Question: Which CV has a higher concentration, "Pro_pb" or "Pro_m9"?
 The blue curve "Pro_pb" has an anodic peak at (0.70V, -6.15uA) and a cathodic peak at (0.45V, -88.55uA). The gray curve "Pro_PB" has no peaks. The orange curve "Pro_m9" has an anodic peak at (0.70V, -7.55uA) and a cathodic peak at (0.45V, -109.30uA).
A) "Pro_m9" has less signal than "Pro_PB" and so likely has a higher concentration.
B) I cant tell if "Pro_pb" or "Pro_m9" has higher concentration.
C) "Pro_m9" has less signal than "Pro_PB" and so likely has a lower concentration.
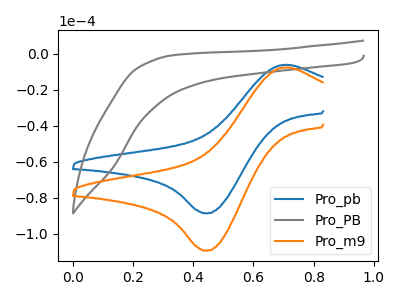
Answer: <think>All the peaks in "Pro_pb" have a peak in "Pro_m9" at the same potential.
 </think>
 <answer>B) I cant tell if "Pro_pb" or "Pro_m9" has higher concentration.</answer>
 <eval>B</eval>